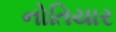
નોતિયાર